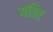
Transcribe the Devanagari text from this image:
यतित